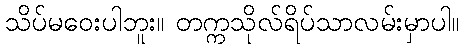
သိပ်မဝေးပါဘူး။ တက္ကသိုလ်ရိပ်သာလမ်းမှာပါ။